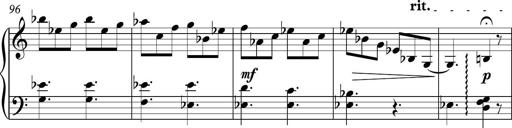
Title: Piano Sonatina in C
Composer: Daniel LÃ©o Simpson
Key: C major